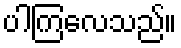
ပါကြလေသည်။